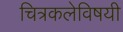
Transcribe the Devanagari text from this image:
चित्रकलेविषयी